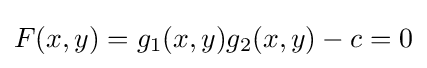
F(x,y)=g_{1}(x,y)g_{2}(x,y)-c=0